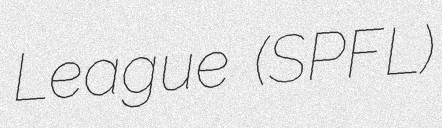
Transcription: League (SPFL)